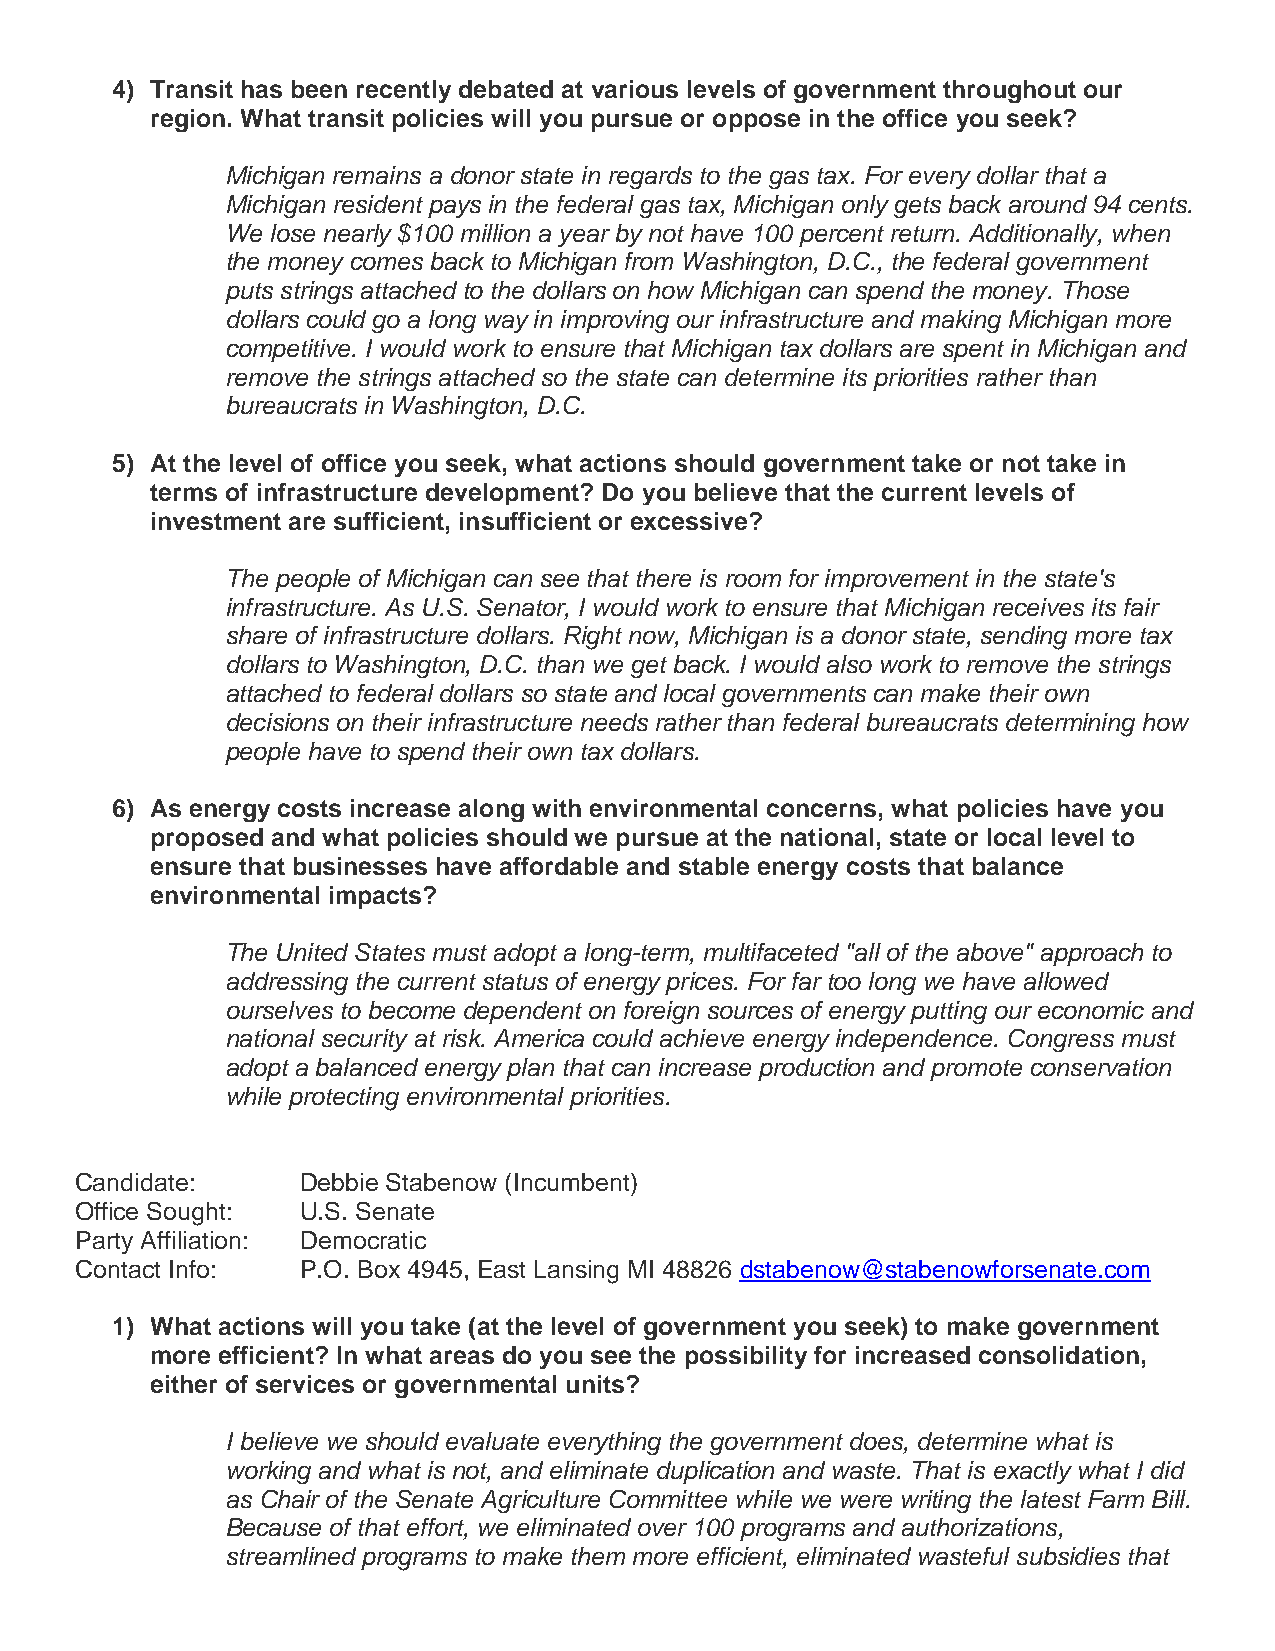
4) Transit has been recently debated at various levels of government throughout our
 region. What transit policies will you pursue or oppose in the office you seek?
 Michigan remains a donor state in regards to the gas tax. For every dollar that a
 Michigan resident pays in the federal gas tax, Michigan only gets back around 94 cents.
 We lose nearly $100 million a year by not have 100 percent return. Additionally, when
 the money comes back to Michigan from Washington, D.C., the federal government
 puts strings attached to the dollars on how Michigan can spend the money. Those
 dollars could go a long way in improving our infrastructure and making Michigan more
 competitive. I would work to ensure that Michigan tax dollars are spent in Michigan and
 remove the strings attached so the state can determine its priorities rather than
 bureaucrats in Washington, D.C.
 5) At the level of office you seek, what actions should government take or not take in
 terms of infrastructure development? Do you believe that the current levels of
 investment are sufficient, insufficient or excessive?
 The people of Michigan can see that there is room for improvement in the state's
 infrastructure. As U.S. Senator, I would work to ensure that Michigan receives its fair
 share of infrastructure dollars. Right now, Michigan is a donor state, sending more tax
 dollars to Washington, D.C. than we get back. I would also work to remove the strings
 attached to federal dollars so state and local governments can make their own
 decisions on their infrastructure needs rather than federal bureaucrats determining how
 people have to spend their own tax dollars.
 6) As energy costs increase along with environmental concerns, what policies have you
 proposed and what policies should we pursue at the national, state or local level to
 ensure that businesses have affordable and stable energy costs that balance
 environmental impacts?
 The United States must adopt a long-term, multifaceted "all of the above" approach to
 addressing the current status of energy prices. For far too long we have allowed
 ourselves to become dependent on foreign sources of energy putting our economic and
 national security at risk. America could achieve energy independence. Congress must
 adopt a balanced energy plan that can increase production and promote conservation
 while protecting environmental priorities.
 Candidate:     Debbie Stabenow (Incumbent)
 Office Sought: U.S. Senate
 Party Affiliation: Democratic
 Contact Info:  P.O. Box 4945, East Lansing MI 48826 dstabenow@stabenowforsenate.com
 1) What actions will you take (at the level of government you seek) to make government
 more efficient? In what areas do you see the possibility for increased consolidation,
 either of services or governmental units?
 I believe we should evaluate everything the government does, determine what is
 working and what is not, and eliminate duplication and waste. That is exactly what I did
 as Chair of the Senate Agriculture Committee while we were writing the latest Farm Bill.
 Because of that effort, we eliminated over 100 programs and authorizations,
 streamlined programs to make them more efficient, eliminated wasteful subsidies that